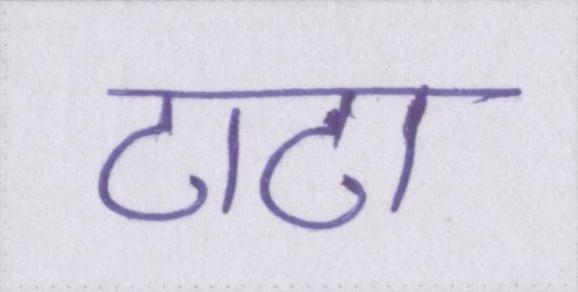
टाटा